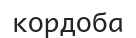
кордоба